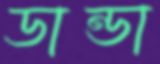
ডান্ডা